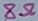
Text: 8Ω